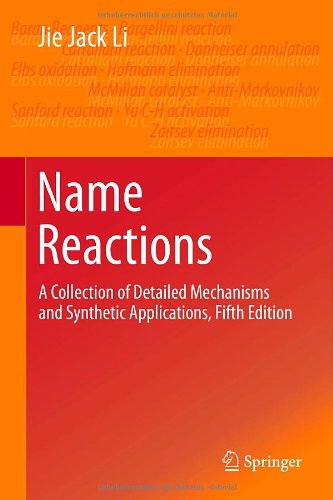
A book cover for Name Reactions: A Collection of Detailed Mechanisms and Synthetic Applications Fifth Edition; Jie Jack Li; Science & Math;